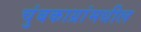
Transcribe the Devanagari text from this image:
चुंबकाग्रांमधील